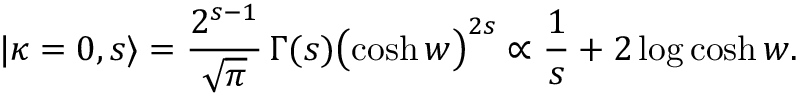
| \kappa = 0 , s \rangle = \frac { 2 ^ { s - 1 } } { \sqrt { \pi } } \, \Gamma ( s ) \bigl ( \cosh w \bigr ) ^ { 2 s } \propto \frac { 1 } { s } + 2 \log \cosh w .